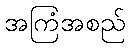
အကြံအစည်